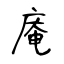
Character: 庵